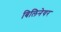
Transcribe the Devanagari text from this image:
बिलिनेयर